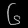
Digit: ၆